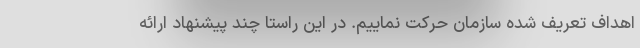
اهداف تعریف شده سازمان حرکت نماییم. در این راستا چند پیشنهاد ارائه